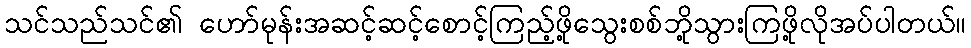
သင်သည်သင်၏ ဟော်မုန်းအဆင့်ဆင့်စောင့်ကြည့်ဖို့သွေးစစ်ဘို့သွားကြဖို့လိုအပ်ပါတယ်။